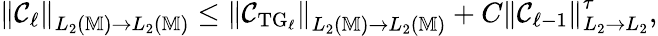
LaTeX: \begin{array}{r}{\left\| \mathcal{C}_{\ell}\right\| _{L_{2}(\mathbb{M})\to L_{2}(\mathbb{M})}\le\left\| \mathcal{C}_{\mathrm{TG}_{\ell}}\right\| _{L_{2}(\mathbb{M})\to L_{2}(\mathbb{M})}+C\left\| \mathcal{C}_{\ell-1}\right\| _{L_{2}\to L_{2}}^{\tau},}\end{array}